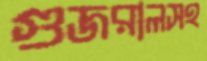
গুজরালসহ